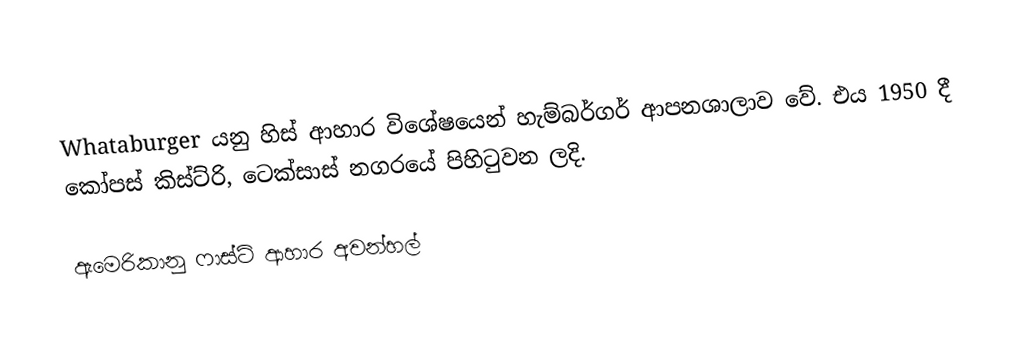
Whataburger යනු හිස් ආහාර විශේෂයෙන් හැම්බර්ගර් ආපනශාලාව වේ. එය 1950 දී කෝපස් කිස්ට්රි, ටෙක්සාස් නගරයේ පිහිටුවන ලදි.

 ඇමෙරිකානු ෆාස්ට් ආහාර අවන්හල්